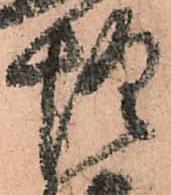
惶